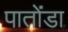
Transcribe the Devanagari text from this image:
पातोंडा